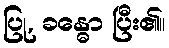
ပြု, ခန္ဓော ပြီး၏။